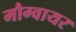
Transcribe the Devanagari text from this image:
मौग्वायर